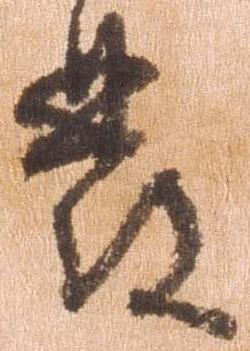
発